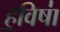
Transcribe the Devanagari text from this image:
ह॒विषा॑